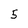
Character: 5